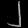
Digit: ၂